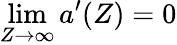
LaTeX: \operatorname*{lim}_{Z\to\infty}{a}^{\prime}(Z)=0